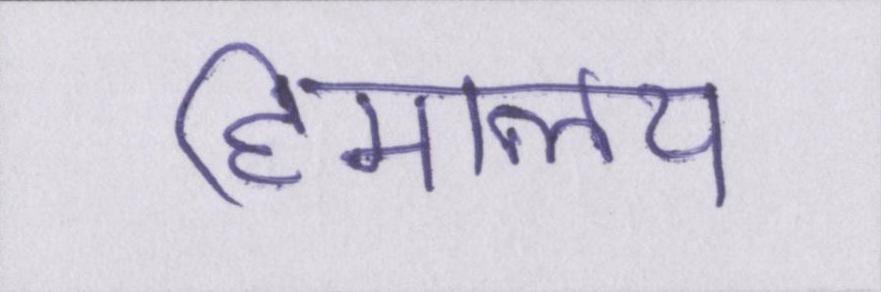
हिमालय